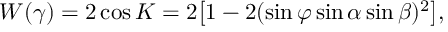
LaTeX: W ( \gamma ) = 2 \cos K = 2 \bigl [ 1 - 2 ( \sin \varphi \sin \alpha \sin \beta ) ^ { 2 } \bigl ] ,